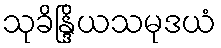
သုခိန္ဒြိယသမုဒယံ